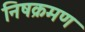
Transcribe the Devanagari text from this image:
निषक्रमण